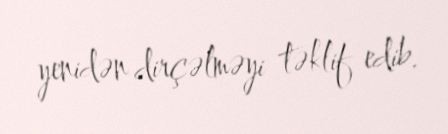
yenidən dirçəlməyi təklif edib.